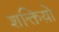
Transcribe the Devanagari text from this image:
शक्तिय़ो